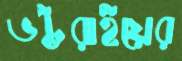
ভট্টরাইয়ের